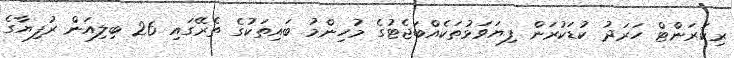
ރިކަރަންޓް ހަރަދު ކުޑަކުރަން ފިޔަވަޅުތަކެއްބަޖެޓުގެ މުހިންމު ބައިތަކުގެ ތެރޭގައި 26 ބިލިއަން ރުފިޔާގެ